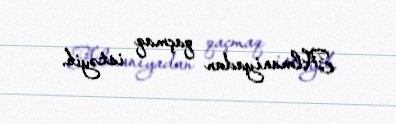
Almaniyadan qaçmaq istəyib.